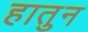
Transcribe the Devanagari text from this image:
हातुन